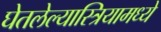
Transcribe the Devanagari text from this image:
घेतलेल्यास्त्रियामध्ये